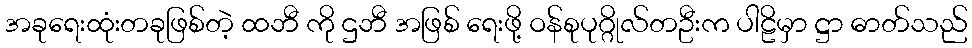
အခုရေးထုံးတခုဖြစ်တဲ့ ထဘီ ကို ဌဘီ အဖြစ် ရေးဖို့ ဝန်စုပုဂ္ဂိုလ်တဦးက ပါဠိမှာ ဋ္ဌာ ဓာတ်သည်